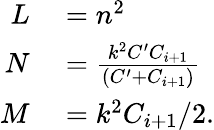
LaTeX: \begin{array}{rl}{L}&{{}=n^{2}}\\ {N}&{{}=\frac{k^{2}C^{\prime}C_{i+1}}{(C^{\prime}+C_{i+1})}}\\ {M}&{{}=k^{2}C_{i+1}/2.}\end{array}